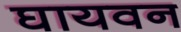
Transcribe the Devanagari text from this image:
घायवन